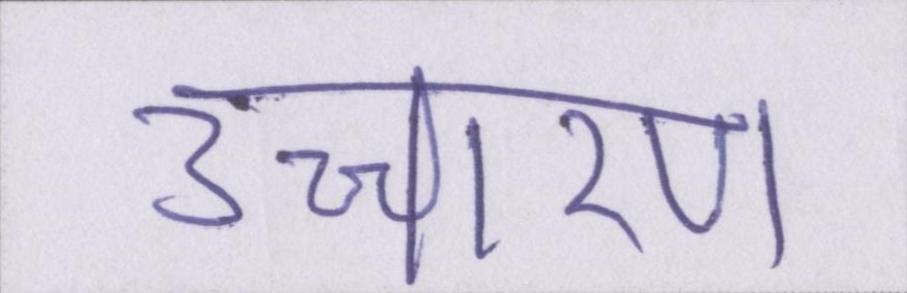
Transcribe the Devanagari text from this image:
उच्चारण